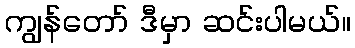
ကျွန်တော် ဒီမှာ ဆင်းပါမယ်။